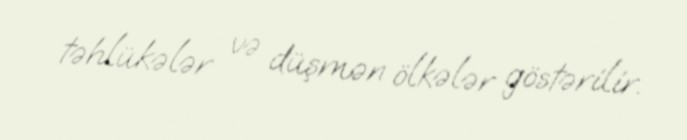
təhlükələr və düşmən ölkələr göstərilir.